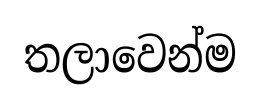
තලාවෙන්ම